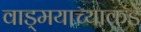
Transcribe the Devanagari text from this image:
वाड्मयाच्याकडे